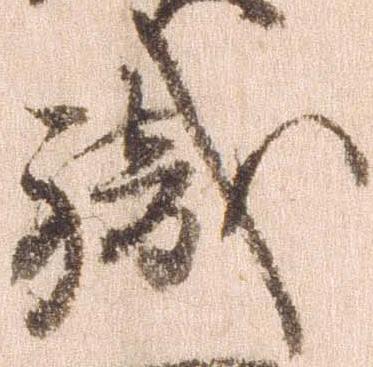
職